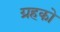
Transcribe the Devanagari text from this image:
ग्रहको